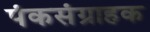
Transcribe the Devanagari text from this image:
पंकसंग्राहक